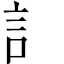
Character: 訁